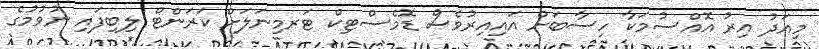
މިއަދު އިރު އޮއްސުމަކާ ހިސާބަށް އައިއިރުވެސް ޑޮމެސްޓިކް ޓަރމިނަލަށް ކަރަންޓް ލިބިފައި ނުވުމުގެ